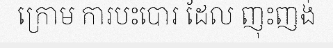
ក្រោម ការបះបោរ ដែល ញុះញង់